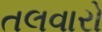
તલવારો